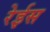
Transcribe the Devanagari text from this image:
रेईस